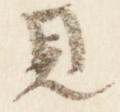
見